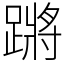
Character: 蹡